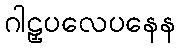
ဂါဠှပလေပနေန